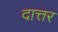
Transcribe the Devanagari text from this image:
दात्तर